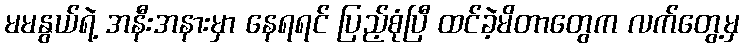
မမနွယ်ရဲ့ အနီးအနားမှာ နေရရင် ပြည့်စုံပြီ ထင်ခဲ့မိတာတွေက လက်တွေ့မှ